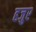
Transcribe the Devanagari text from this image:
हजुर